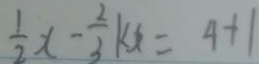
\frac { 1 } { 2 } x - \frac { 2 } { 3 } k x = 4 + 1